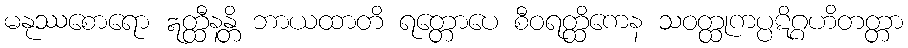
မနုဿစောရော ဣတ္ထီနန္တိ ဘာယထာတိ ရတ္တောပေ စီဝရတ္ထိကေန သဝတ္ထုကပ္ပဋိဂ္ဂဟိတတ္တာ